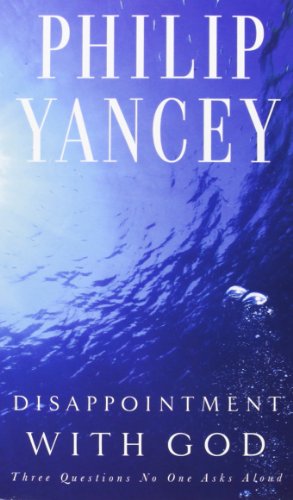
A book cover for Disappointment With God: Three Questions No One Asks Aloud; Philip Yancey; Christian Books & Bibles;